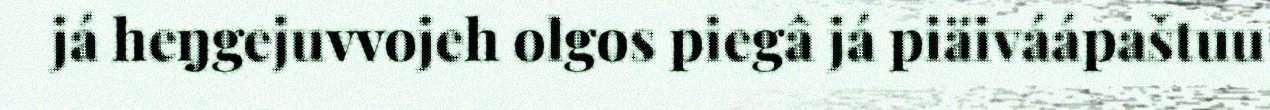
já heŋgejuvvojeh olgos piegâ já piäiváápaštuu